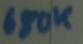
Text: 680K